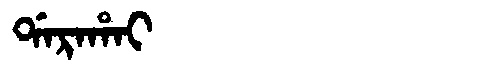
Manchu: ᡩᠠᡵᠠᡥᠠᡳ
Romanization: DARAHAI